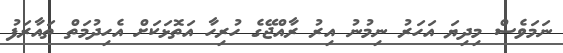
ނަމަވެސް މިދިޔަ އަހަރު ނިމުނު އިރު ރާއްޖޭގެ ހުރިހާ އަތޮޅަކަށް އެހިދުމަތް ތައާރަފު